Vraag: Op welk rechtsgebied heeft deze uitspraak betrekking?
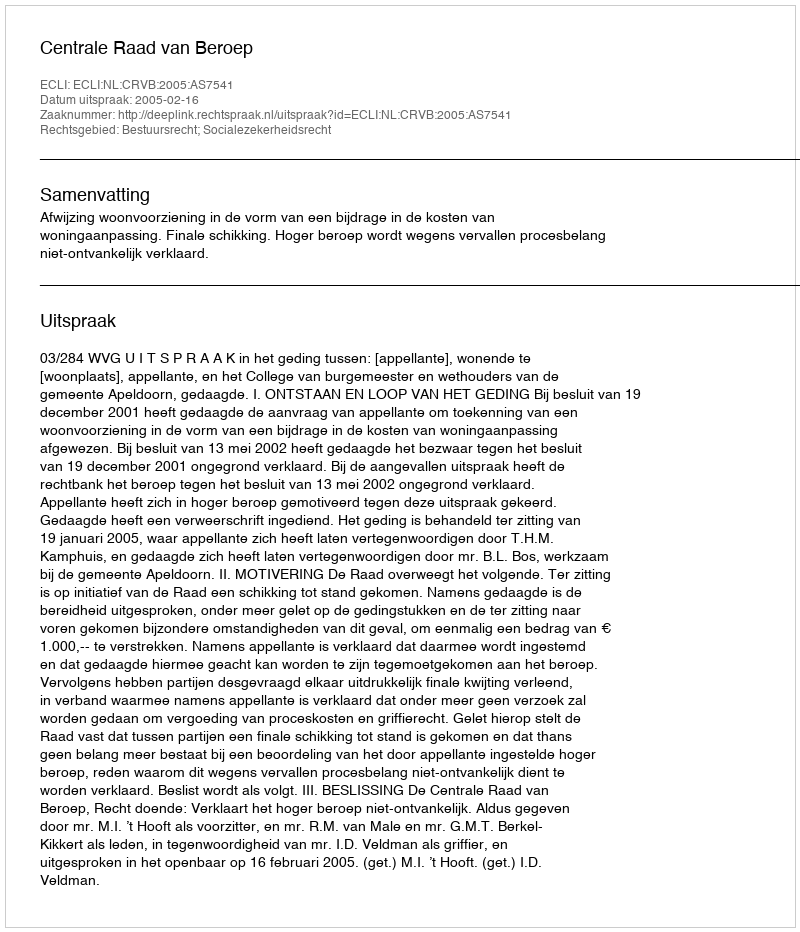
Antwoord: Bestuursrecht; Socialezekerheidsrecht